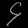
Digit: ၄